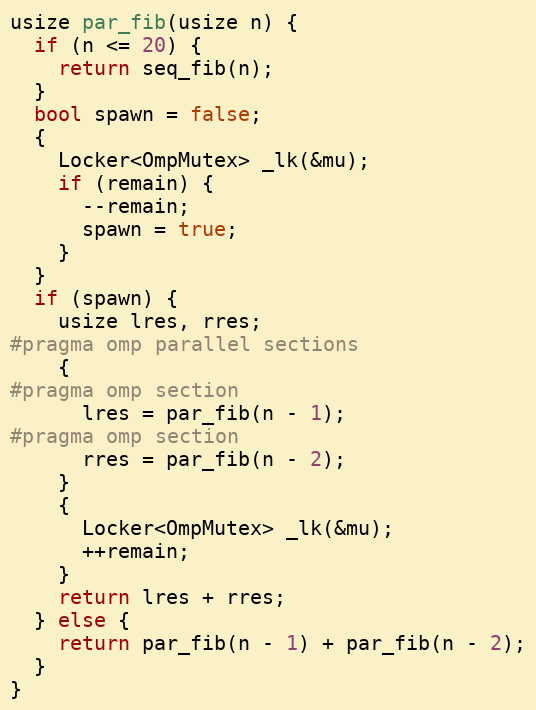
Language: C++
usize par_fib(usize n) {
  if (n <= 20) {
    return seq_fib(n);
  }
  bool spawn = false;
  {
    Locker<OmpMutex> _lk(&mu);
    if (remain) {
      --remain;
      spawn = true;
    }
  }
  if (spawn) {
    usize lres, rres;
#pragma omp parallel sections
    {
#pragma omp section
      lres = par_fib(n - 1);
#pragma omp section
      rres = par_fib(n - 2);
    }
    {
      Locker<OmpMutex> _lk(&mu);
      ++remain;
    }
    return lres + rres;
  } else {
    return par_fib(n - 1) + par_fib(n - 2);
  }
}